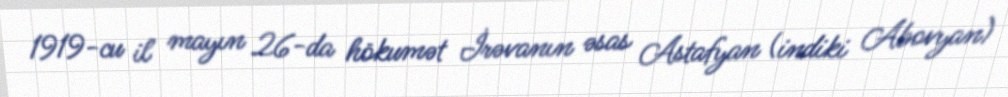
1919-cu il mayın 26-da hökumət İrəvanın əsas Astafyan (indiki Abovyan)